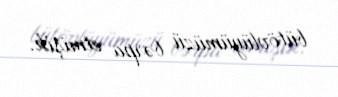
bütövlüyümüzü bərpa etmişik.